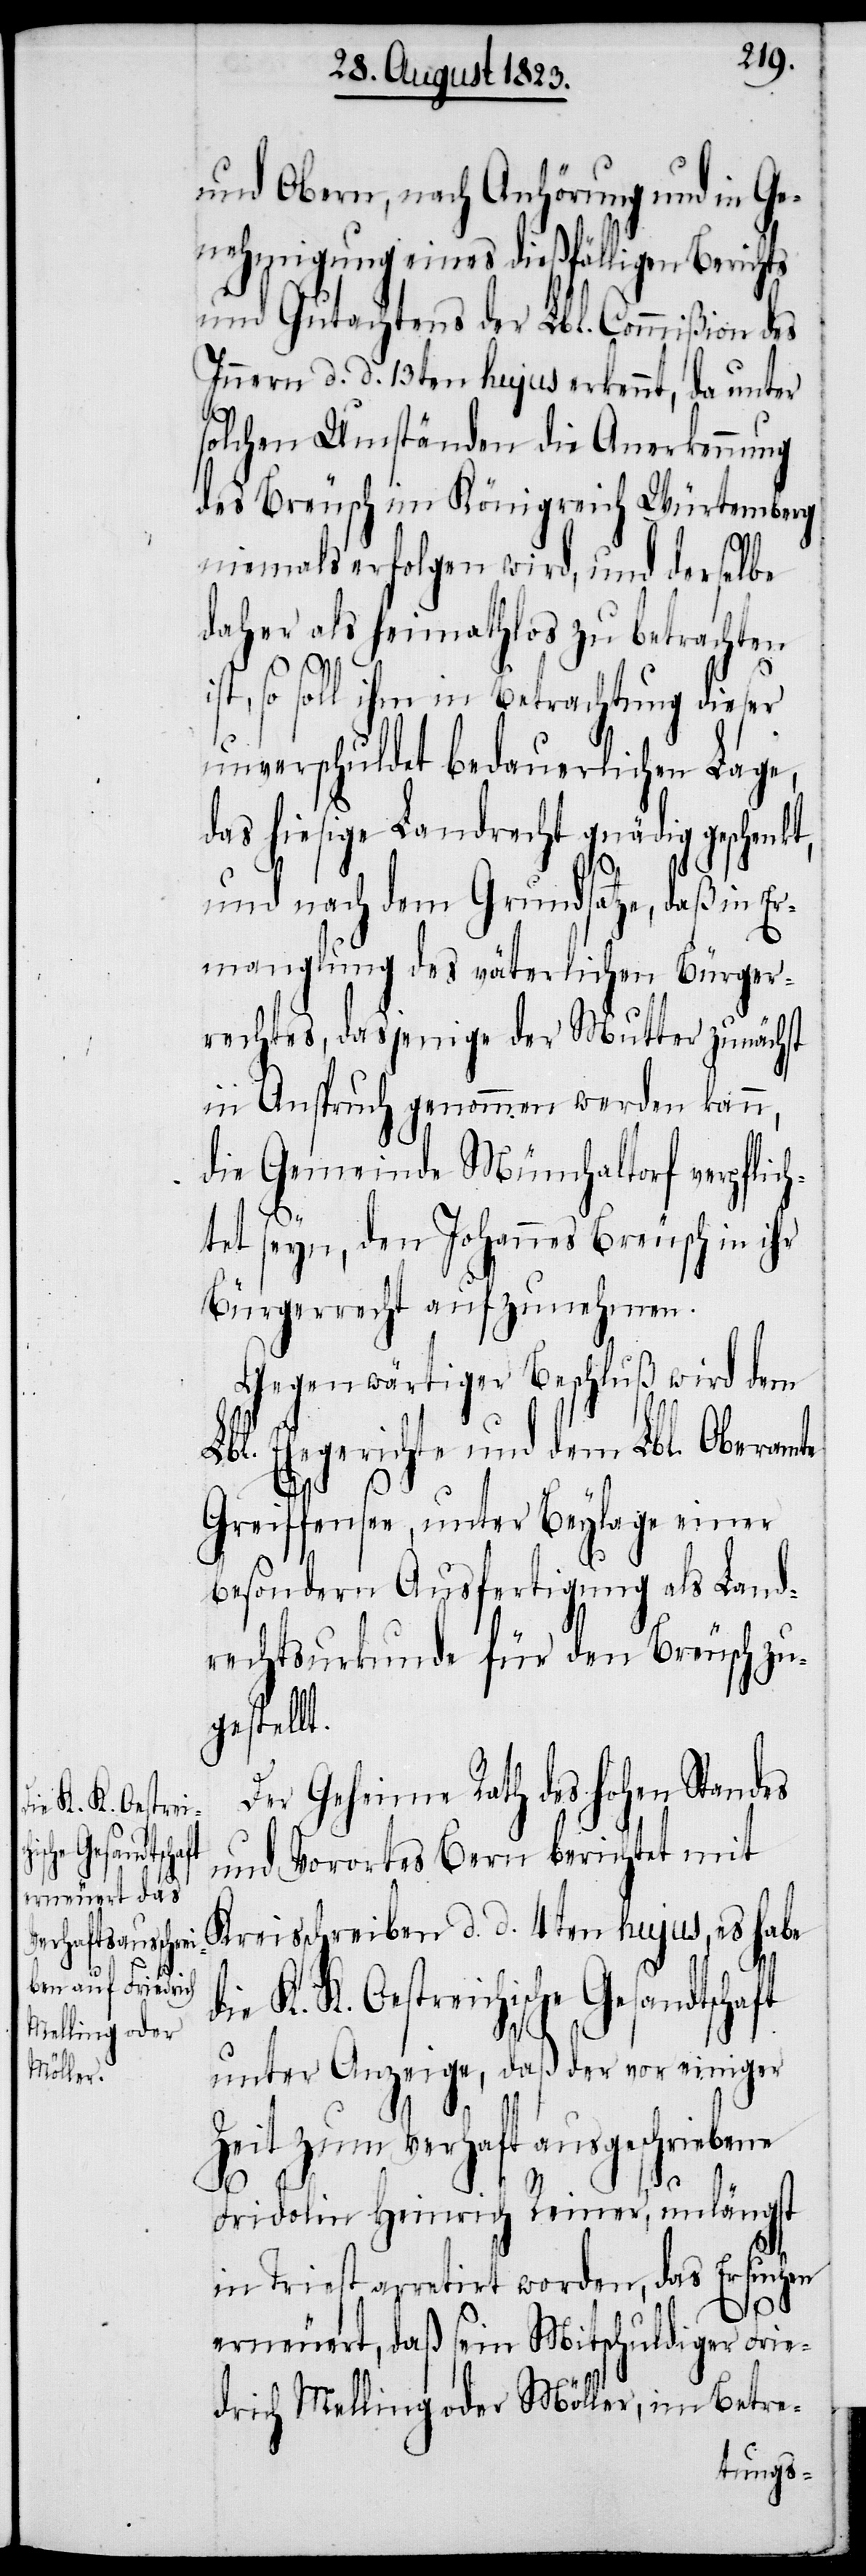
und Obern, nach Anhörung und in Ge¬
nehmigung eines dießfälligen Berichts
und Gutachtens der Lbl. Commißion des
Innern d. d. 13ten hujus erkennt, da unter
solchen Umständen die Anerkennung
des Breusch im Königreich Würtemberg
niemals erfolgen wird, und derselbe
daher als heimathlos zu betrachten
L¬
ist, so soll ihm in Betrachtung dieser
unverschuldet bedauerlichen Lage,
das hiesige Landrecht gnädig geschenk¬
und nach dem Grundsatze, daß in Er¬
manglung des väterlichen Bürger¬
rechtes, dasjenige der Mutter zunächst
in Anspruch genommen werden kann,
die Gemeinde Münchaltorf verpflic¬
htet seyn, den Johannes Breusch in ihr
Bürgerrecht aufzunehmen.
Gegenwärtiger Beschluß wird dem
bl. Ehegerichte und dem Lbl. Oberamte
Greiffensee, unter Beylage einer
besondern Ausfertigung als Land¬
rechtsurkunde für den Breusch zu¬
gestellt.
Der Geheime Rath des hohen Standes
und Vorortes Bern berichtet mit
Kreisschreiben d. d. 4ten hujus, es habe
K. K. Oestreichische Gesandtschaft
unter Anzeige, daß der vor einiger
Zeit zum Verhaft ausgeschriebene
Fridolin Heinrich Reiner, unlängst
in Triest arretirt worden, das Ersuchen
erneuert, daß sein Mitschuldiger Frie¬
drich Melling oder Möller, im Betre-